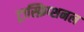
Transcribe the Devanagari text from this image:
ट्रास्क्रिप्शनल